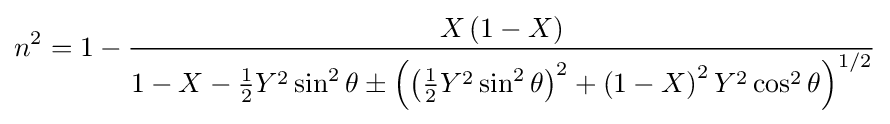
n^{2}=1-{\frac {X\left(1-X\right)}{1-X-{{\frac {1}{2}}Y^{2}\sin ^{2}\theta }\pm \left(\left({\frac {1}{2}}Y^{2}\sin ^{2}\theta \right)^{2}+\left(1-X\right)^{2}Y^{2}\cos ^{2}\theta \right)^{1/2}}}